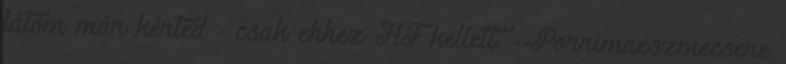
látom már kérted - csak ehhez HF kellett. --Porrimaeszmecsere